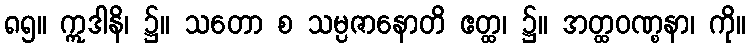
၈၅။ ဣဒါနိ၊ ၌။ သတော စ သမ္ပဇာနောတိ ဧတ္ထ၊ ၌။ အတ္ထဝဏ္စနာ၊ ကို။